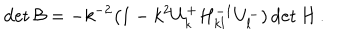
\det { \cal B } = - k ^ { - 2 } \big ( 1 - k ^ { 2 } U _ { k } ^ { + } H _ { k l } ^ { - 1 } U _ { l } ^ { - } ) \det H \, .